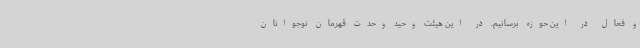
و فعال در این حوزه برسانیم. در این هیئت وحید وحدت قهرمان نوجوانان